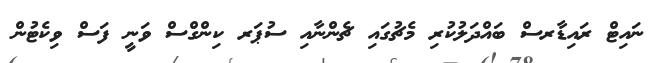
ނައިޓް ރައިޑާރސް ބައްދަލުކުރި މެޗުގައި ޗެންނާއި ސުޕަރ ކިންގްސް ވަނީ ފަސް ވިކެޓުން